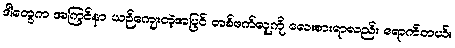
ဒါတွေက အကြင်နာ ယဉ်ကျေးတဲ့အပြင် တစ်ဖက်လူကို လေးစားရာလည်း ရောက်တယ်။